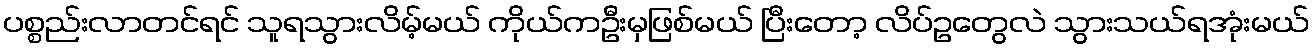
ပစ္စည်းလာတင်ရင် သူရသွားလိမ့်မယ် ကိုယ်ကဦးမှဖြစ်မယ် ပြီးတော့ လိပ်ဥတွေလဲ သွားသယ်ရအုံးမယ်